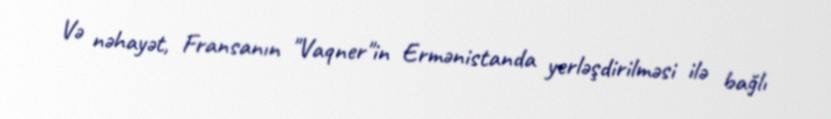
Və nəhayət, Fransanın "Vaqner"in Ermənistanda yerləşdirilməsi ilə bağlı